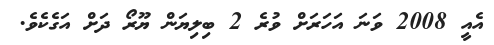
އެއީ 2008 ވަނަ އަހަރަށް ވުރެ 2 ބިލިޔަން ޔޫރޯ ދަށް އަގެކެވެ.